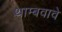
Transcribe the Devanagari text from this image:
थाम्बवावे